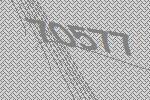
70577